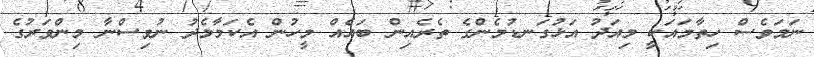
ނަމަވެސް ހިތާމައަކީ މިއަދު އަޅުގަނޑުމެންގެ ތެރެއިން ބައެއް މީހުން އެކަމާމެދު ނުވިސްނާ މިންވަރުގެ